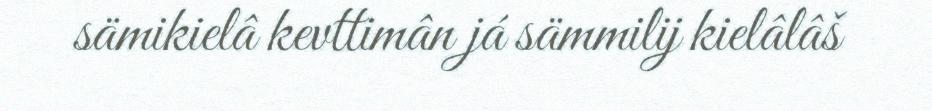
sämikielâ kevttimân já sämmilij kielâlâš